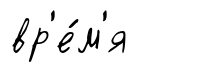
вр'е́м'я